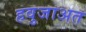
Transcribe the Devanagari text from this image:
हवुजाअत